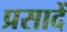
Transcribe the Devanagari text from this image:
प्रसादें